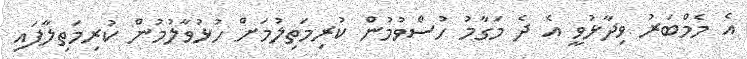
އެ މެމްބަރު ވިދާޅުވީ އެ ދެ މަގާމު ހުސްވުމުން ކުރިމަތިލުމަށް ހުޅުވާލުމުން ކުރިމަތިލާފައި